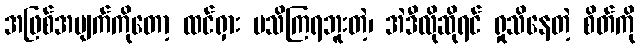
အဖြစ်အပျက်ကိုတော့ ထင်ရှား မသိကြရဘူးတဲ့၊ အဲဒီလိုဆိုရင် ရှုသိနေတဲ့ စိတ်ကို